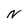
Character: N